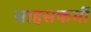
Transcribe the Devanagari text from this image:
साहसकर्मी